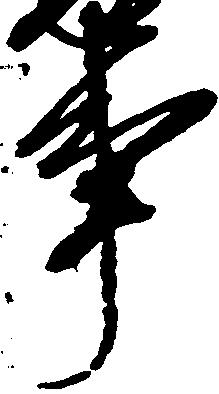
事